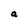
Character: a